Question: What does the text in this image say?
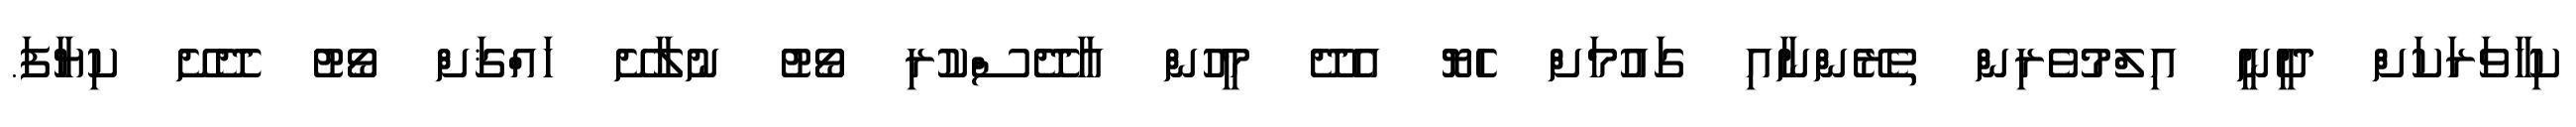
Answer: ކިހާވަރަކަށް ދީނީ އިލްމުވެރިން ތެރޭންނާއި ގައުމަށް ހެޔޮ އެދޭ މީހުން އާދޭސްކުރި ވޯޓު ނުލާށޭ ހައްޤަށް ވޯޓު ދޭށޭ ކިޔާފަ.